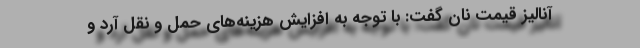
آنالیز قیمت نان گفت: با توجه به افزایش هزینه‌های حمل و نقل آرد و